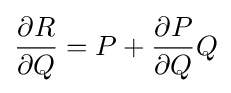
{\frac {\partial R}{\partial Q}}=P+{\frac {\partial P}{\partial Q}}Q